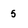
Character: 5